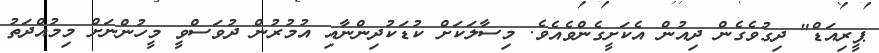
ޕީރިއަޑް" ދިގުވެގެން ދިއުން އެކަށީގެންވެއެވެ. މިސާލަކަށް ކުޑަކުދިންނާއި އުމުރުން ދުވަސްވީ މީހުންނަށް މިމުއްދަތު